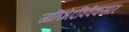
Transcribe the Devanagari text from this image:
जातिभेदविवेकसार